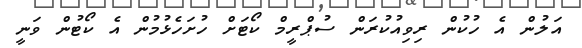
އަލުން އެ ހުކުން ރިވިއުކުރަން ސުޕްރީމް ކޯޓަށް ހުށަހެޅުމުން އެ ކޯޓުން ވަނީ